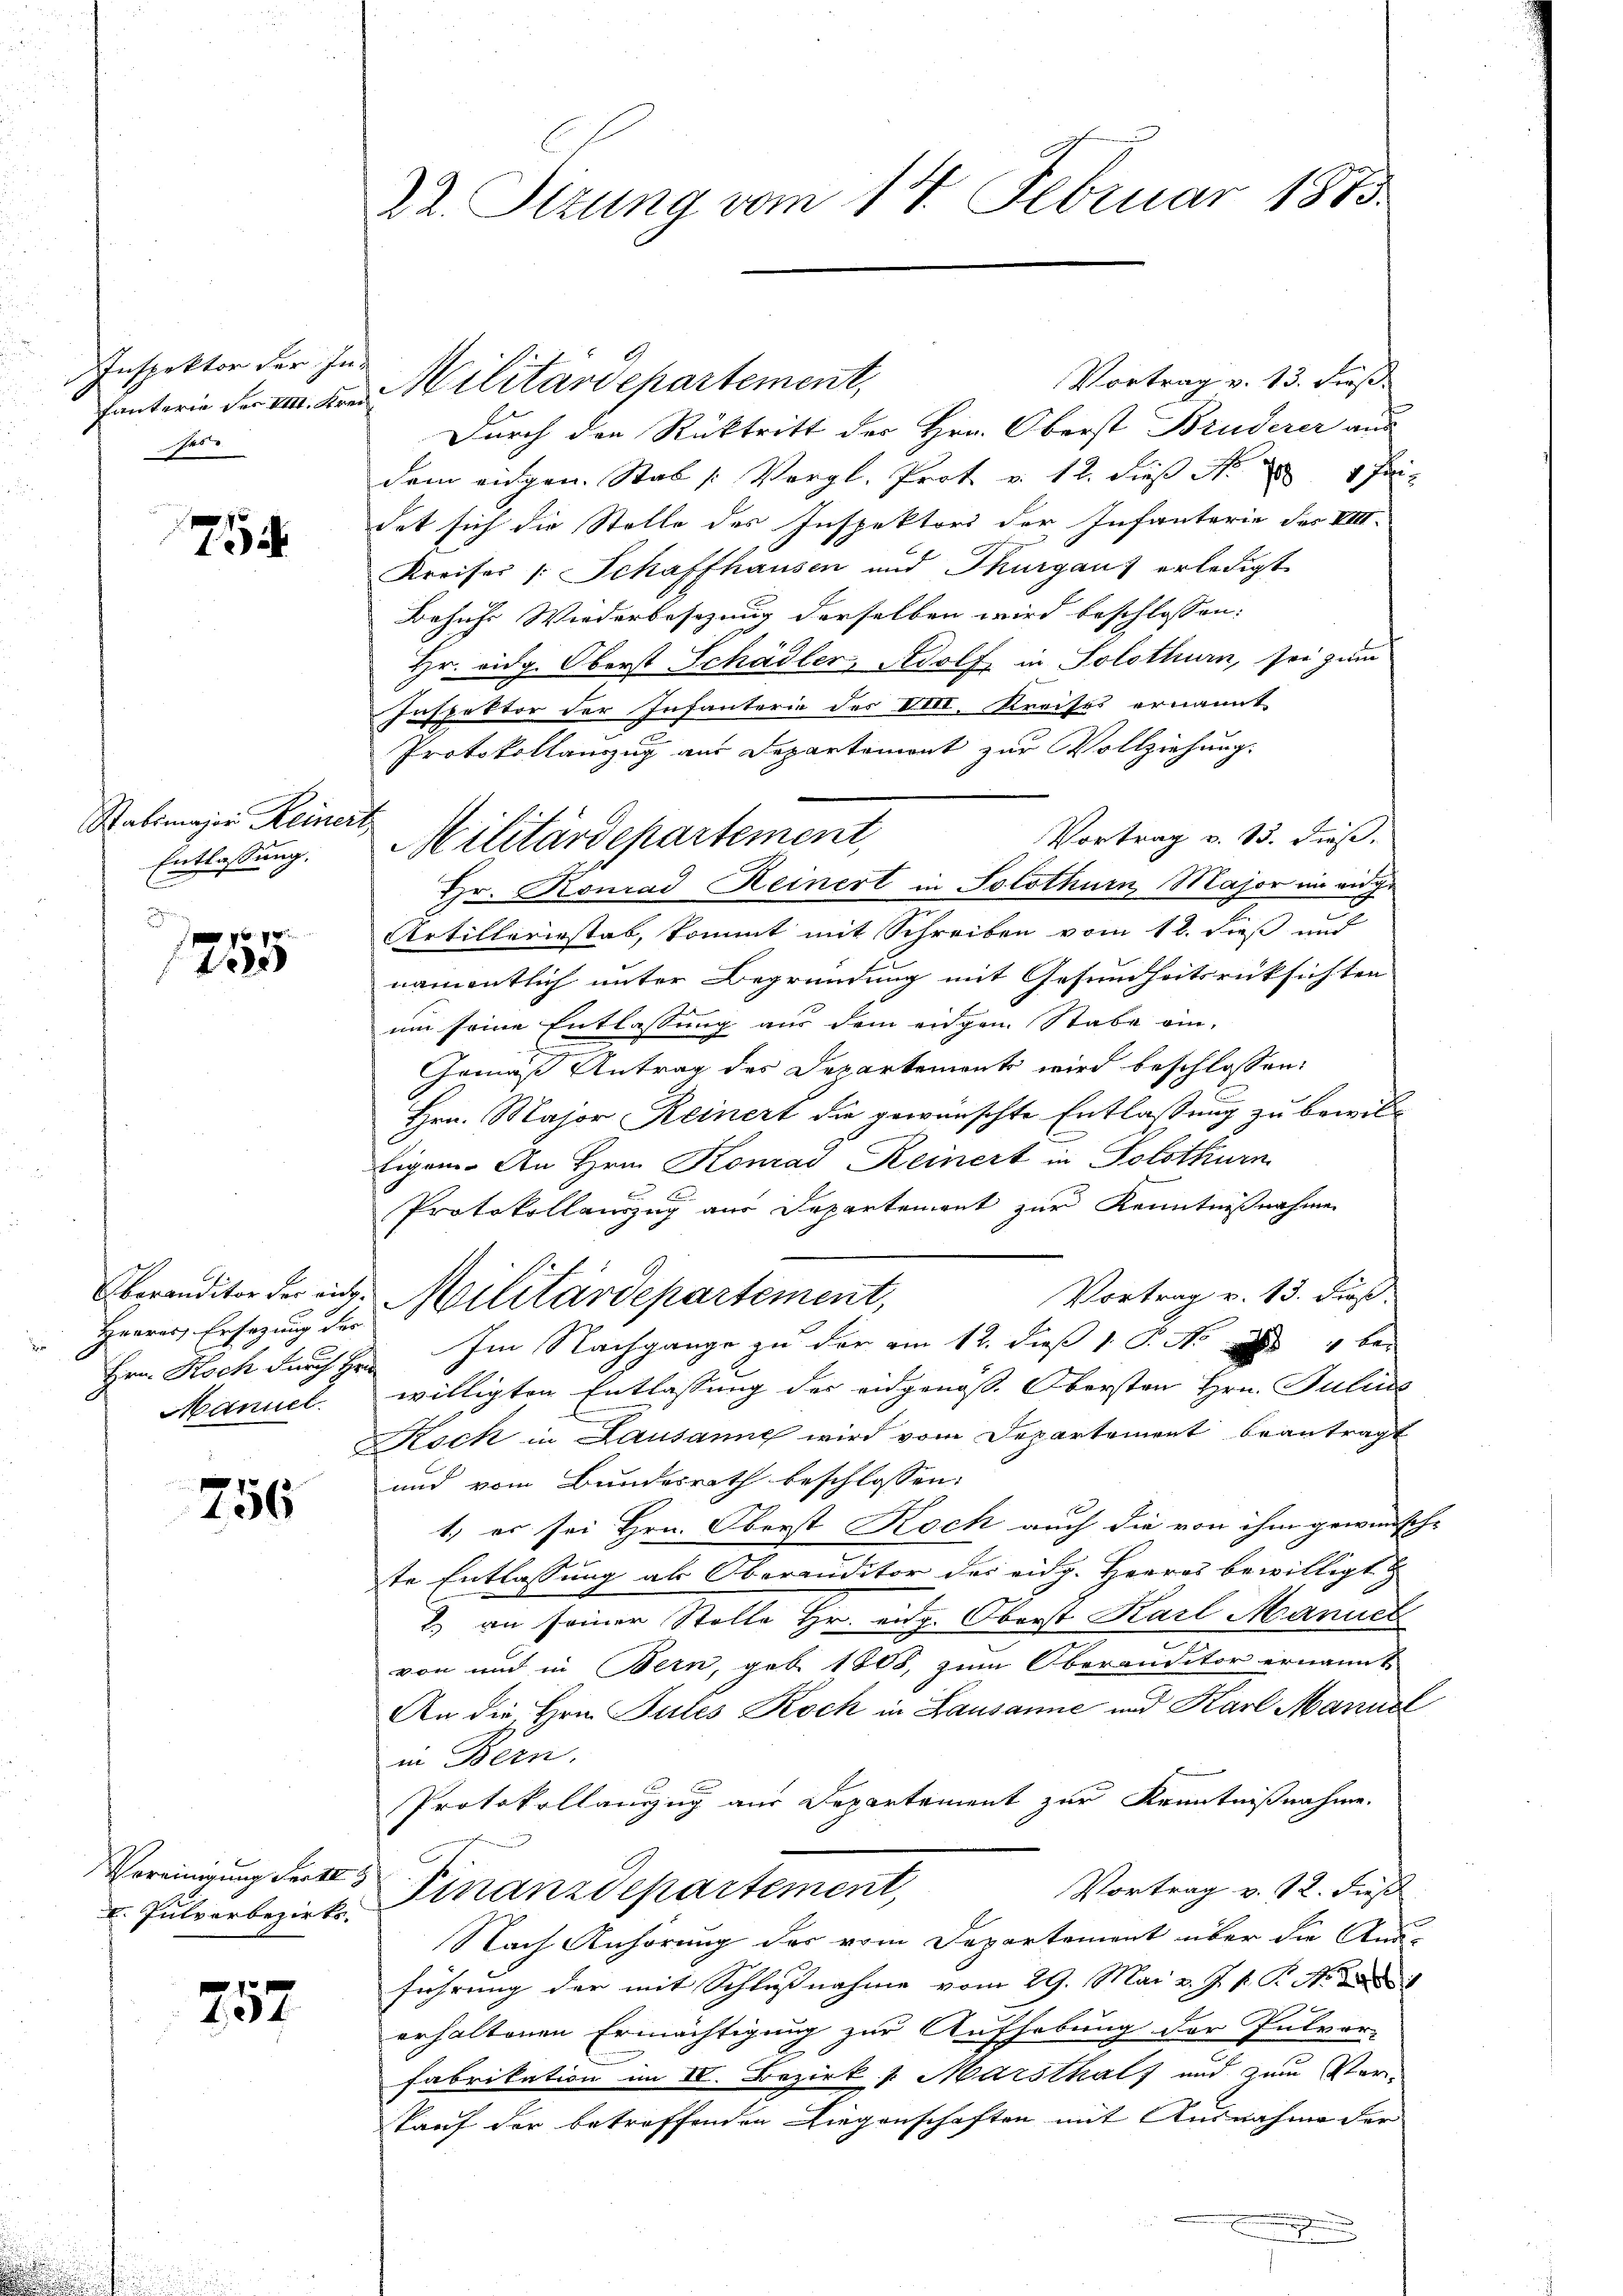
Inspektor der Inses

754

Stabsmajor Reiner,
Entlassung.

9 xx
0

Überanditor der eidg.
Herres Ersezung des
Hrn. Koch durch Hrn.
Manuel.
F

756

Vereinigung der 183
I. Julvorbezirks-

752

22. Sizung vom 14. Februar 1875.

fanterie der u. den Militärdepartement,

Vortrag v. 13. Fieß.
Durch den Rücktritt des Hrn. Oberst Bruderer aus
dem eidgen. Stab (Vergl. Prot. v. 12. dieß N. 1 Pri
det sich die Stelle des Inspektors der Infanterie des VIII.
Kreises Schaffhausen und Thurgau) erledigt
Behufs Wiederbesizung derselben wird beschlossen:
Hr. eidg. Oberst Schädler, Adolf in Solothurn, sei zum
Inspektor der Infanterie des VIII. Kreises ernannt
Protokollanzzug aus Departement zur Vollziehung.
Vortrag v. 13. dieß.
Artilleriestab, kommt mit Schreiben vom 12. dieß und
namentlich unter Begründung mit Gesundheitsrücksichten
um seine Entlassung aus dem eidgen. Stabe ein-
Gemäß Antrag des Departement wird beschlossen:
Hrn. Major Reinert die gewünschte Entlassung zu bewilligen. An Hrn. Konrad Keinert in Solothurn
Protokollauszug aus Departement zur Kenntnißnahme
Vortrag v. 13. Fuß.
Militärdepartement,
Im Nachgange zu der am 12. dieß 1 P. No 11 ber
willigten Entlassung der eidgenöss. Obersten Hrn. Julius
Rock in Lausanne wird vom Departement beantragt
und vom Bundesrath beschlossen:
1.) es sei Hrn. Oberst Koch auch die von ihm gewünsch-
te Entlassung als Oberauditor des eidg. Herres bewilligt
2.) an seiner Stelle Hr. eidg. Oberst Karl Manuel
c
von und in Bern, geb. 1808, zum Oberanditor ernannt
An die Hrn. Gutes Koch in Lausanne und Karl Mannel
in Bern.
Protokollanzug aus Departement zur Kenntnißnahme.
Vortrag v. 12. dieß
Finanzdepartement,
Nach Anhörung des vom Departement über die Aus-
führung der mit Schlußnahme vom 29. Mai v. J. P. P. Nr. 1
erhaltenen Ermächtigung zur Aufhebung der Pulvor-
Fabrikation im IV. Bezirk v. Marsthal und zum Ver-
kauf der betreffenden Liegenschaften mit Ausnahme der

7

Militärdepartement,
Hr. Konrad Keinert in Solothurn Major in ange